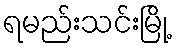
ရမည်းသင်းမြို့